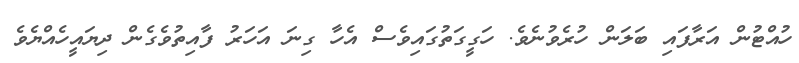
ހުއްޓުން އަރާފައި ބަލަން ހުރެވުނެވެ. ހަގީގަތުގައިވެސް އެހާ ގިނަ އަހަރު ފާއިތުވެގެން ދިޔައީހެއްޔެވެ